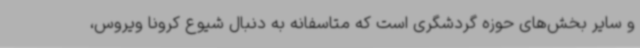
و سایر بخش‌های حوزه گردشگری است که متاسفانه به دنبال شیوع کرونا ویروس،